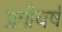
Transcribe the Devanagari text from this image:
प्रतीवर्ष